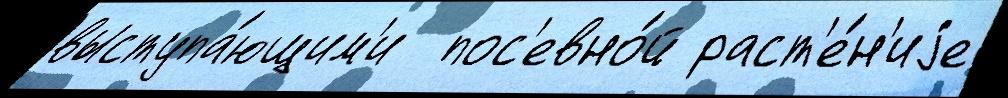
выступа́ющим'и  пос'евно́й раст'е́н'иjе